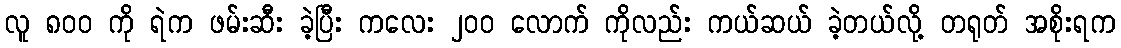
လူ ၈၀၀ ကို ရဲက ဖမ်းဆီး ခဲ့ပြီး ကလေး ၂၀၀ လောက် ကိုလည်း ကယ်ဆယ် ခဲ့တယ်လို့ တရုတ် အစိုးရက